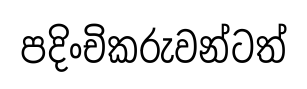
පදිංචිකරුවන්ටත්